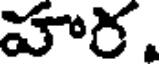
హార.